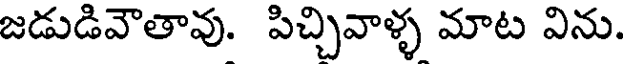
జడుడివౌతావు. పిచ్చివాళ్ళ మాట విను.